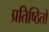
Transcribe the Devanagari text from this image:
प्रतिष्ठितों